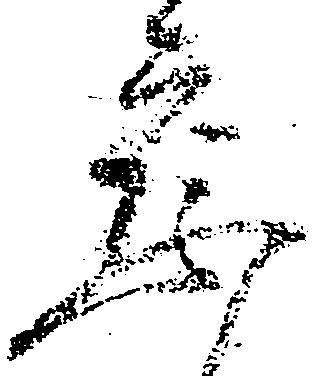
察